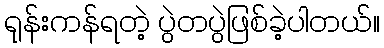
ရုန်းကန်ရတဲ့ ပွဲတပွဲဖြစ်ခဲ့ပါတယ်။